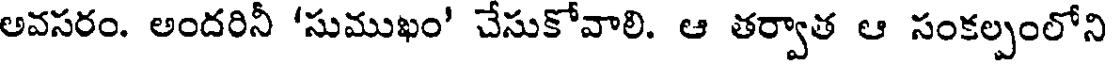
అవసరం. అందరినీ 'సుముఖం' చేసుకోవాలి. ఆ తర్వాత ఆ సంకల్పంలోని